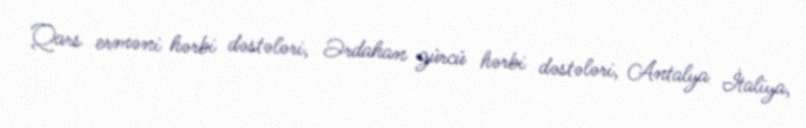
Qars erməni hərbi dəstələri, Ərdahan gürcü hərbi dəstələri, Antalya İtaliya,